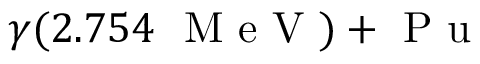
\gamma ( 2 . 7 5 4 ~ \mathrm { ~ M ~ e ~ V ~ } ) + \mathrm { ~ P ~ u ~ }